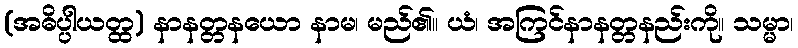
(အဓိပ္ပါယတ္ထ) နာနတ္တနယော နာမ၊ မည်၏။ ယံ၊ အကြင်နာနတ္တနည်းကို။ သမ္မာ၊